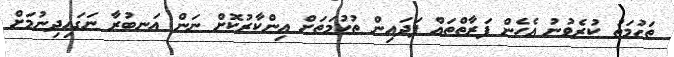
ތަހުމަތު ކުރެވުނު އެހެން ފަރާތްތައް ފަދައިން ތުހުމަތަށް އިންކާރުކޮށް ނަން އަނބުރާ ނަގައިދިނުމަށް